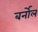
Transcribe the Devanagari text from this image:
बर्नोल